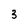
Character: 3